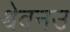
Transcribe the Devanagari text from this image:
श्वेवनउ